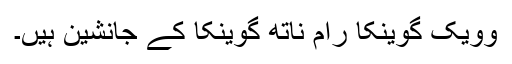
وویک گوینکا رام ناتھ گوینکا کے جانشین ہیں۔